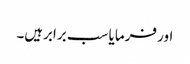
اور فرمایا سب برابرہیں۔